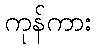
ကုန်ကား